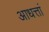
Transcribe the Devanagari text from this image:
आधत्तां